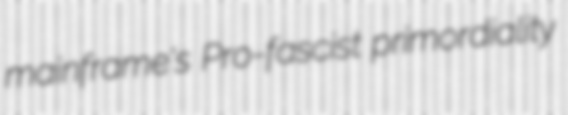
mainframe's Pro-fascist primordiality